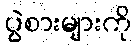
ပွဲစားများကို